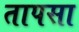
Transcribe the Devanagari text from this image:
तापसा